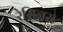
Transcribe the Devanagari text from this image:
रेसिनस